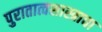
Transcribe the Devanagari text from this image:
पुरातात्वशास्त्राचा